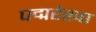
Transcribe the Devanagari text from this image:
पद्मरेखा